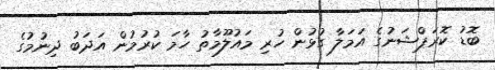
ބޮޑު ކޮރަޕްޝަނުގެ އަމަލާ ގުޅުން ހުރި މައުލޫމާތު ހާމަ ކުރުމުން އަދަބު ދިނުމުގެ